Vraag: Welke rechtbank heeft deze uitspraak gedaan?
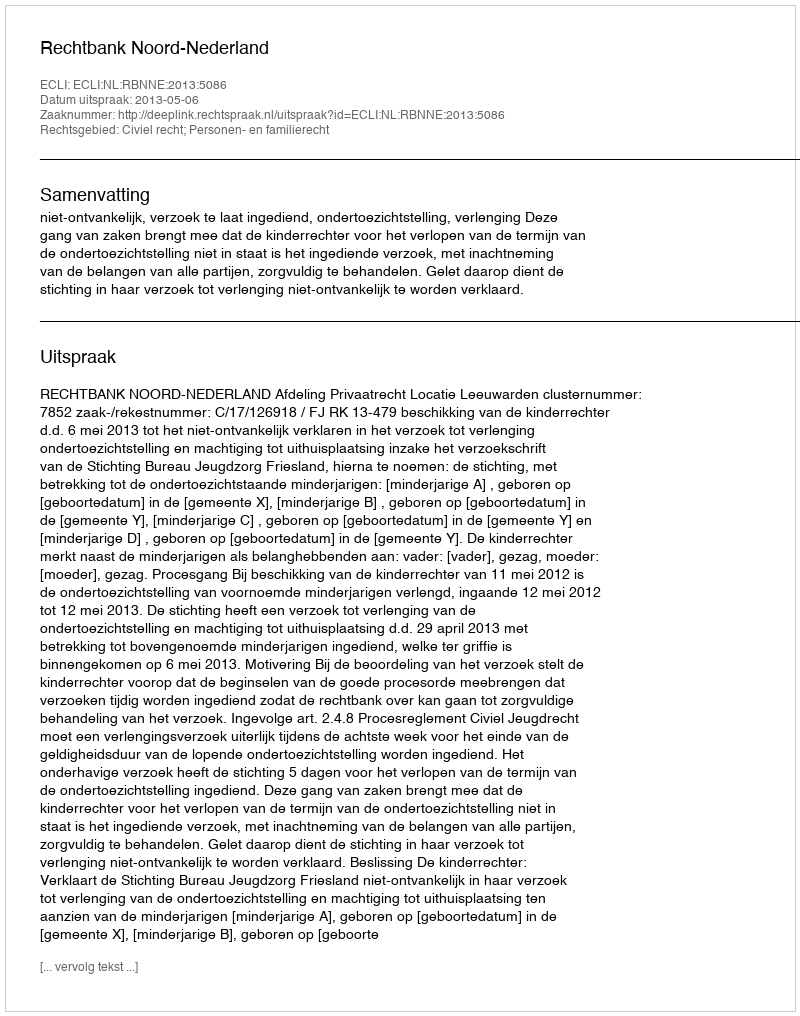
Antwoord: Rechtbank Noord-Nederland